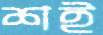
শই